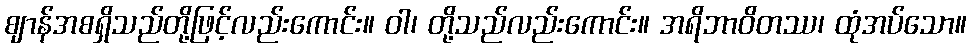
ဈာန်အစရှိသည်တို့ဖြင့်လည်းကောင်း။ ဝါ၊ တို့သည်လည်းကောင်း။ အရိဘာဝိတဿ၊ ထုံအပ်သော။